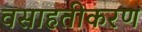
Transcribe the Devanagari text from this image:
वसाहतीकरण